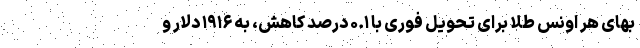
بهای هر اونس طلا برای تحویل فوری با ۰.۱ درصد کاهش، به ۱۹۱۶ دلار و